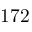
1 7 2